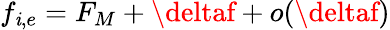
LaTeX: f_{\mathit{i},e}=F_{M}+\deltaf+o(\deltaf)